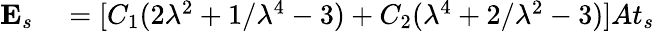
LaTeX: \begin{array}{rl}{\textbf{E}_{s}}&{{}=[C_{1}(2\lambda^{2}+1/\lambda^{4}-3)+C_{2}(\lambda^{4}+2/\lambda^{2}-3)]At_{s}}\end{array}